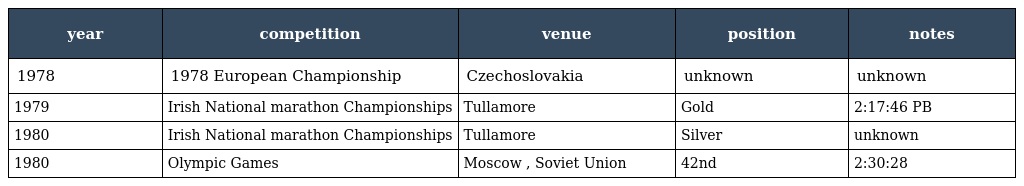
| year | competition | venue | position | notes |
 | --- | --- | --- | --- | --- |
 | 1978 | 1978 European Championship | Czechoslovakia | unknown | unknown |
 | 1979 | Irish National marathon Championships | Tullamore | Gold | 2:17:46 PB |
 | 1980 | Irish National marathon Championships | Tullamore | Silver | unknown |
 | 1980 | Olympic Games | Moscow , Soviet Union | 42nd | 2:30:28 |